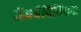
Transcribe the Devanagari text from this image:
जैववैविविधता